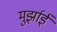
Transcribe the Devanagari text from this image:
मुर्झाई